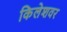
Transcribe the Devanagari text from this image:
किलेशवर